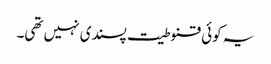
یہ کوئی قنوطیت پسندی نہیں تھی۔